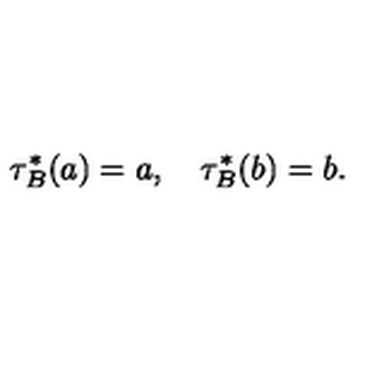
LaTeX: \tau _ { B } ^ { * } ( a ) = a , \quad \tau _ { B } ^ { * } ( b ) = b .